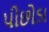
પીછોડા